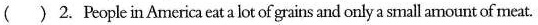
() 2.People in America eat a lot of grains and only a small amount of meat.